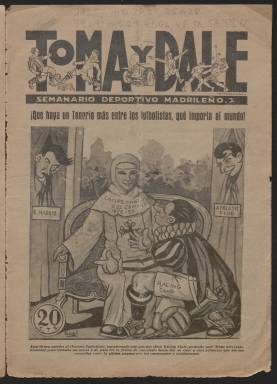
Título: Toma y dale
Colección: Deportes
Ámbito geográfico: Madrid
Lugar de publicación: Madrid
Fechas: 04/11/1928-24/11/1929